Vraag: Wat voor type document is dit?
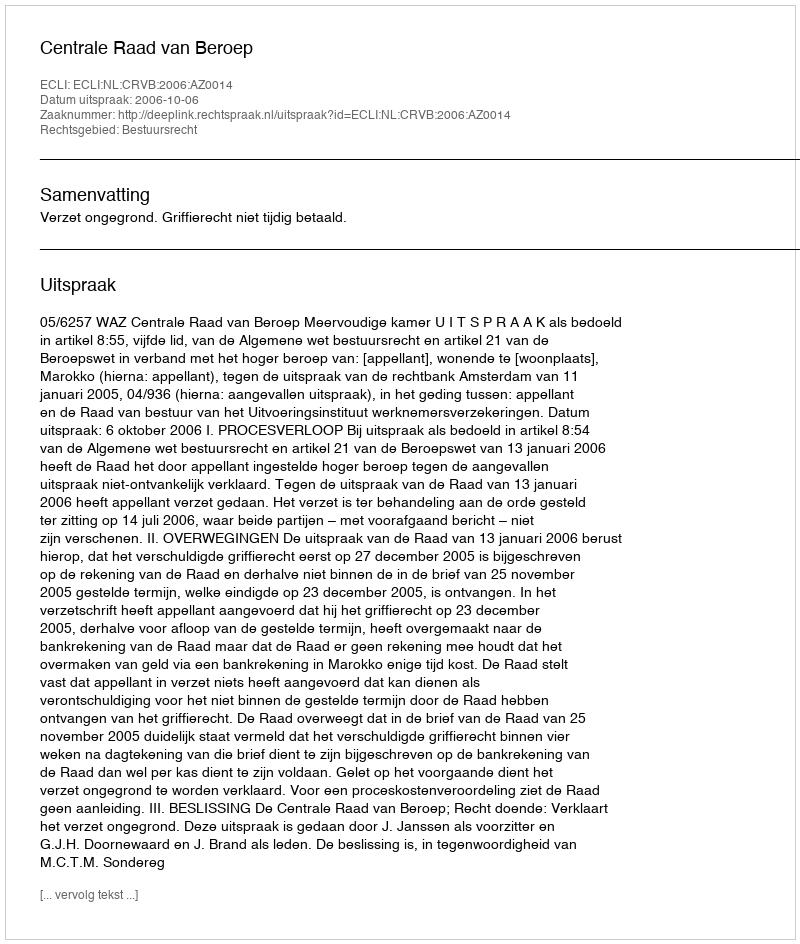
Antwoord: Uitspraak